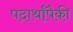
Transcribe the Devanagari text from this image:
पदार्थांपैकी